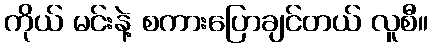
ကိုယ် မင်းနဲ့ စကားပြောချင်တယ် လူစီ။